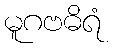
မူဂဗဓိရံ